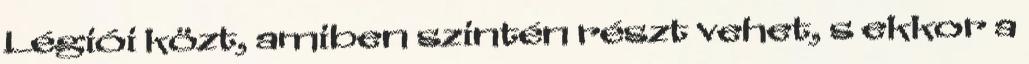
Légiói közt, amiben szintén részt vehet, s ekkor a